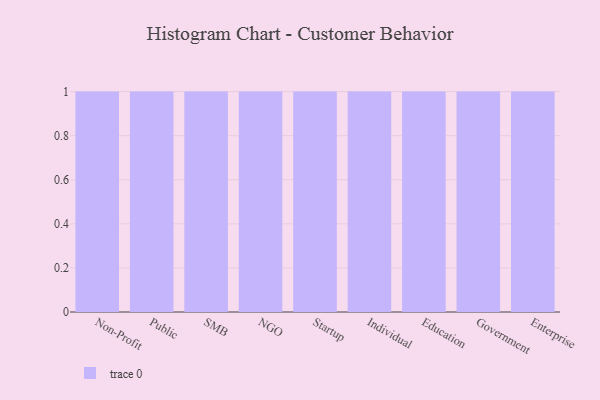
{"axis": {"x": "Segment", "y": "LTV (USD)"}, "legend": [""], "data": [{"x": "Non-Profit", "y": 59, "type": ""}, {"x": "Public", "y": 22, "type": ""}, {"x": "SMB", "y": 20, "type": ""}, {"x": "NGO", "y": 44, "type": ""}, {"x": "Startup", "y": 41, "type": ""}, {"x": "Individual", "y": 53, "type": ""}, {"x": "Education", "y": 75, "type": ""}, {"x": "Government", "y": 69, "type": ""}, {"x": "Enterprise", "y": 48, "type": ""}]}